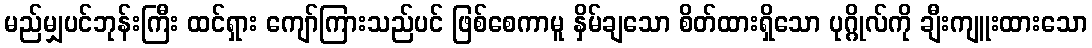
မည်မျှပင်ဘုန်းကြီး ထင်ရှား ကျော်ကြားသည်ပင် ဖြစ်စေကာမူ နှိမ်ချသော စိတ်ထားရှိသော ပုဂ္ဂိုလ်ကို ချီးကျူးထားသော